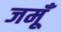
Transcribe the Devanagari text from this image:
जमूँ